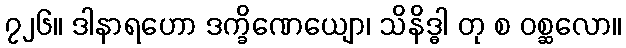
၇၂၆။ ဒါနာရဟော ဒက္ခိဏေယျော၊ သိနိဒ္ဓါ တု စ ဝစ္ဆလော။